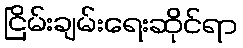
ငြိမ်းချမ်းရေးဆိုင်ရာ